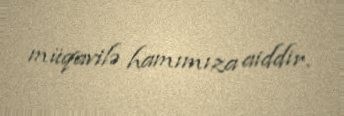
müqavilə hamımıza aiddir.